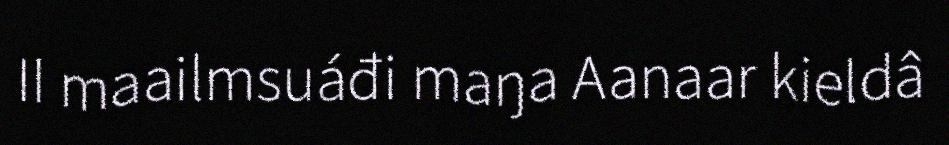
II maailmsuáđi maŋa Aanaar kieldâ